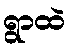
ရွာထဲ